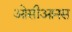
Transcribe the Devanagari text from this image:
ओसीआनस